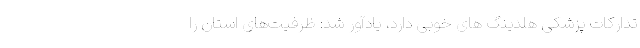
تدارکات پزشکی هلدینگ های خوبی دارد، یادآور شد: ظرفیت‌های استان را